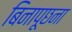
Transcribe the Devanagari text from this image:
बिनापूछना